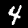
Label: 4